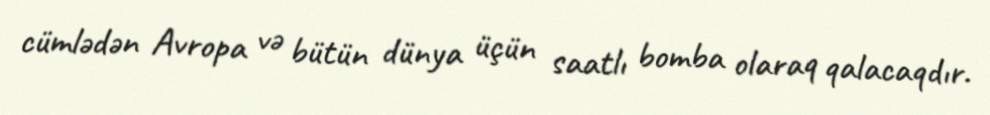
cümlədən Avropa və bütün dünya üçün saatlı bomba olaraq qalacaqdır.